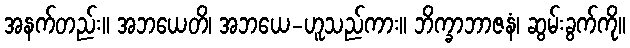
အနက်တည်း။ အဘယေတိ၊ အဘယေ-ဟူသည်ကား။ ဘိက္ခာဘာဇနံ၊ ဆွမ်းခွက်ကို။